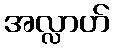
အလ္လာဟ်